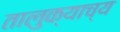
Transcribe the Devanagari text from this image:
तालुक्याच्य